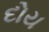
દોય